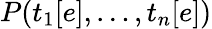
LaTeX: P(t_{1}[e],\dots,t_{n}[e])